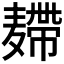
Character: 𪎐